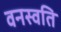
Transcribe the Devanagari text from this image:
वनस्वति